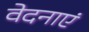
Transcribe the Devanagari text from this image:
वेदनाएं